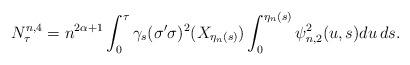
LaTeX: \begin{align*} N^{n,4} _\tau =n^{2\alpha+1}\int^{\tau}_0\gamma_s (\sigma'\sigma)^2(X_{\eta_n(s)})\int^{\eta_n(s)}_0 \psi_{n,2}^2(u,s)du \, ds. \end{align*}